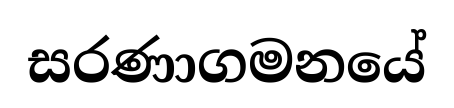
සරණාගමනයේ